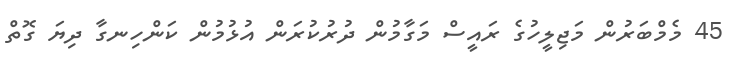
45 މެމްބަރުން މަޖިލީހުގެ ރައީސް މަގާމުން ދުރުކުރަން އުޅުމުން ކަންހިނގާ ދިޔަ ގޮތް